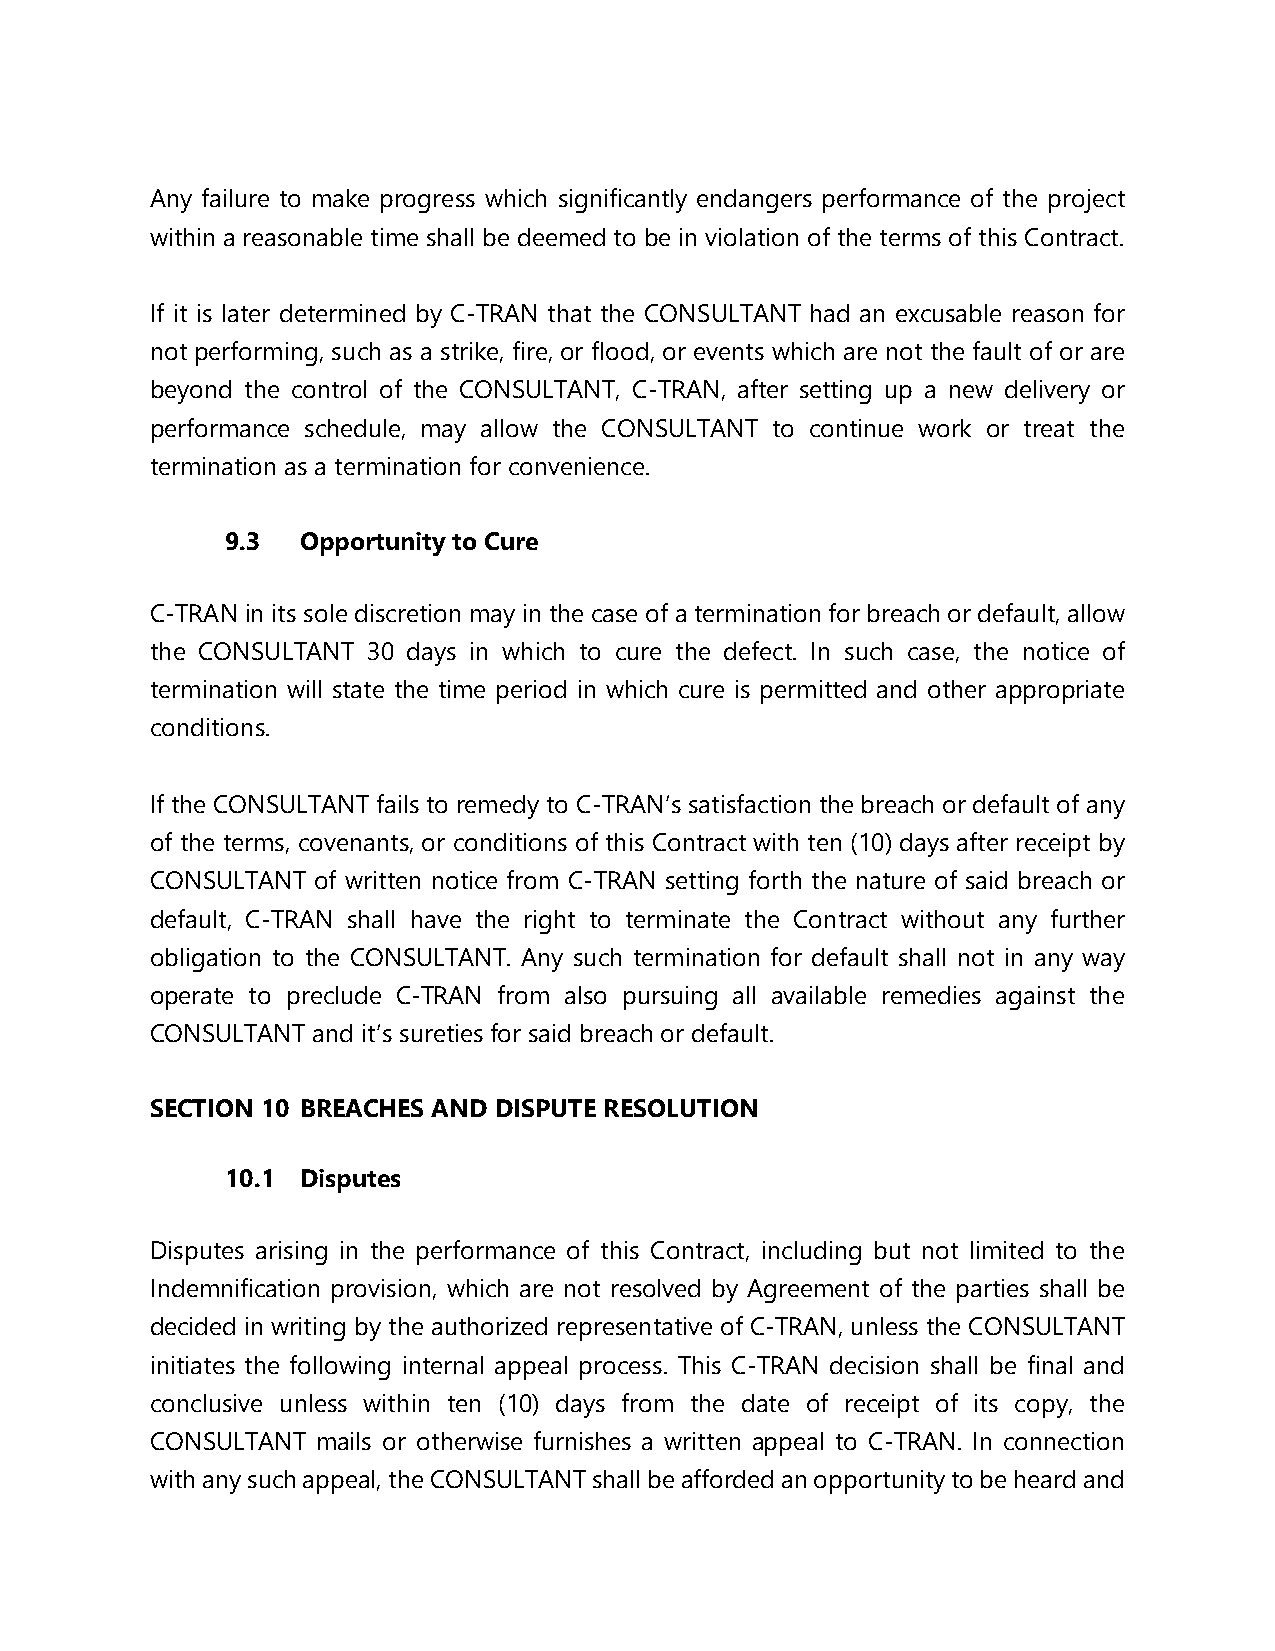
Any failure to make progress which significantly endangers performance of the project
 within a reasonable time shall be deemed to be in violation of the terms of this Contract.
 If it is later determined by C-TRAN that the CONSULTANT had an excusable reason for
 not performing, such as a strike, fire, or flood, or events which are not the fault of or are
 beyond the control of the CONSULTANT, C-TRAN, after setting up a new delivery or
 performance schedule, may allow the CONSULTANT to continue work or treat the
 termination as a termination for convenience.
 9.3  Opportunity to Cure
 C-TRAN in its sole discretion may in the case of a termination for breach or default, allow
 the CONSULTANT 30 days in which to cure the defect. In such case, the notice of
 termination will state the time period in which cure is permitted and other appropriate
 conditions.
 If the CONSULTANT fails to remedy to C-TRAN’s satisfaction the breach or default of any
 of the terms, covenants, or conditions of this Contract with ten (10) days after receipt by
 CONSULTANT of written notice from C-TRAN setting forth the nature of said breach or
 default, C-TRAN shall have the right to terminate the Contract without any further
 obligation to the CONSULTANT. Any such termination for default shall not in any way
 operate to preclude C-TRAN from also pursuing all available remedies against the
 CONSULTANT and it’s sureties for said breach or default.
 SECTION 10 BREACHES AND DISPUTE RESOLUTION
 10.1 Disputes
 Disputes arising in the performance of this Contract, including but not limited to the
 Indemnification provision, which are not resolved by Agreement of the parties shall be
 decided in writing by the authorized representative of C-TRAN, unless the CONSULTANT
 initiates the following internal appeal process. This C-TRAN decision shall be final and
 conclusive unless within ten (10) days from the date of receipt of its copy, the
 CONSULTANT mails or otherwise furnishes a written appeal to C-TRAN. In connection
 with any such appeal, the CONSULTANT shall be afforded an opportunity to be heard and